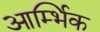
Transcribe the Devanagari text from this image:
आर्म्भिक